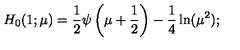
H _ { 0 } ( 1 ; \mu ) = { \frac { 1 } { 2 } } \psi \left( \mu + { \frac { 1 } { 2 } } \right) - \frac 1 4 \ln ( \mu ^ { 2 } ) ;